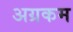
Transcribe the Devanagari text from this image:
अग्रकम